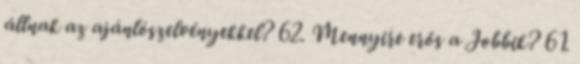
állnak az ajánlószelvényekkel? 62. Mennyire erős a Jobbik? 61.